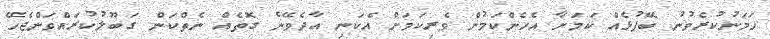
ހަމަނުކުރެވުނު ބޭފުޅެއް ކަމަށާ އެހެންކަމުން ވެރިކަމަށް އެކަނި އާދެވޭނެ ގޮތެއް ނެތްކަން ގަބޫލުކުރައްވަންޖެހޭ